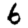
Digit: 6